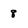
Character: 8